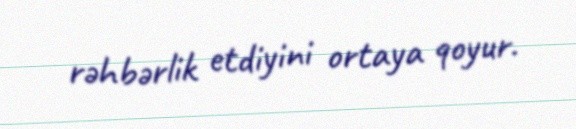
rəhbərlik etdiyini ortaya qoyur.